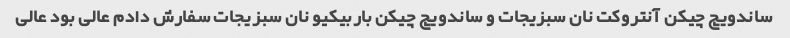
ساندویچ چیکن آنتروکت نان سبزیجات و ساندویچ چیکن باربیکیو نان سبزیجات سفارش دادم عالی بود عالی